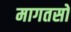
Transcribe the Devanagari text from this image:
मागतसों